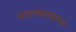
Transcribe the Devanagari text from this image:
पाठलागावरच्या